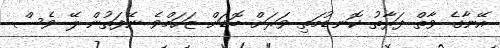
އޭނާގެ ވާތް ފަރާތު ކޮނޑުމަތި ވަރަށް ބޮޑަށް ޒަހަމްވެ ނޭފަތުން ލޭ ވެސް